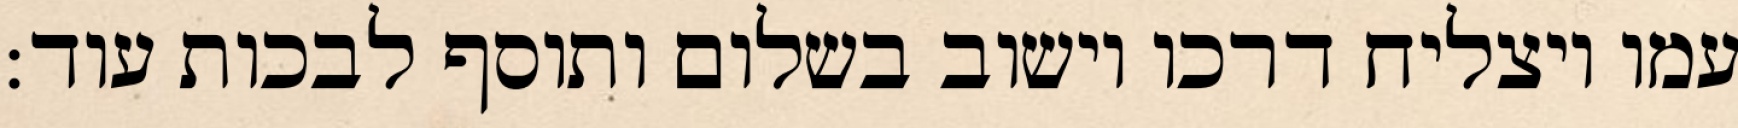
עמו ויצליח דרכו וישוב בשלום ותוסף לבכות עוד: